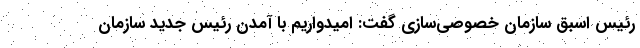
رئیس اسبق سازمان خصوصی‌سازی گفت: امیدواریم با آمدن رئیس جدید سازمان